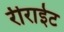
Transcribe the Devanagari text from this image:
रीराईट